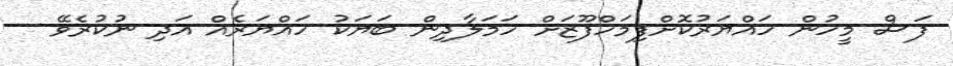
ފަސް މީހުން ހައްޔަރުކޮށްފިމަހްފޫޒަށް ހަމަލާދިން ބަޔަކު ހައްޔަރެއް އަދި ނުކުރެވޭ